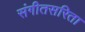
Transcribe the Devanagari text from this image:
संगीतसरिता